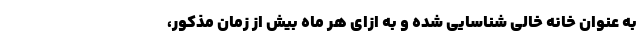
به عنوان خانه خالی شناسایی شده و به ازای هر ماه بیش از زمان مذکور،